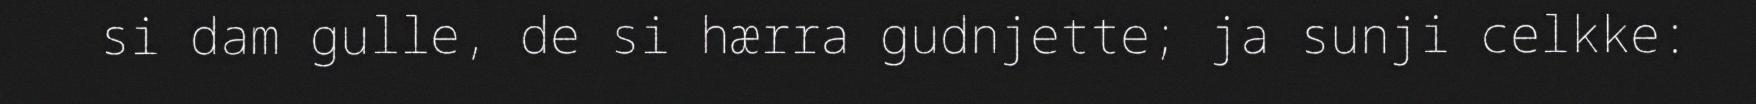
si dam gulle, de si hærra gudnjette; ja sunji celkke: